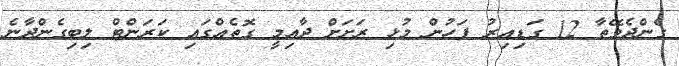
ގެންދެވޭތާ 12 ގަޑިއިރު ފަހުން މުޅި ރަށަށް ދާއިމީ ގޮތެއްގައި ކަރަންޓް ލިބިގެންދާނެ